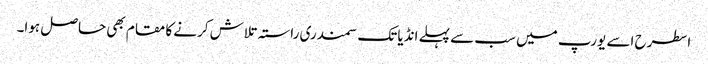
اسطرح اسے یورپ میں سب سے پہلے انڈیا تک سمندری راستہ تلاش کرنے کا مقام بھی حاصل ہوا۔